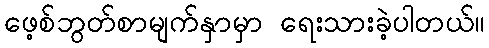
ဖေ့စ်ဘွတ်စာမျက်နှာမှာ ရေးသားခဲ့ပါတယ်။